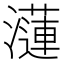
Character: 𤂍